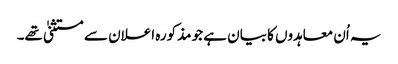
یہ اُن معاہدوں کا بیان ہے جو مذکورہ اعلان سے مستثنیٰ تھے۔